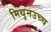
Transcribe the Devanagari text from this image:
मिथुनउच्च